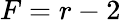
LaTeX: F=r-2